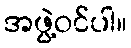
အဖွဲ့ဝင်ပါ။